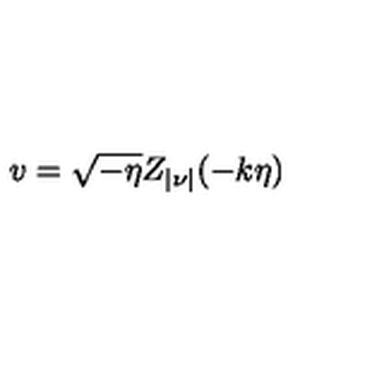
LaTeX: v = \sqrt { - \eta } Z _ { | \nu | } ( - k \eta )